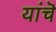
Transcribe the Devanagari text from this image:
यांचॆ